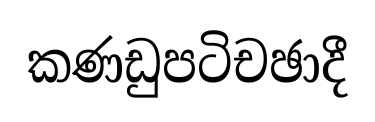
කණඩුපටිචඡාදී